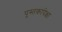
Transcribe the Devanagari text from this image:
पुस्तकांपेक्षा